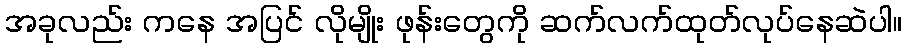
အခုလည်း ကနေ အပြင် လိုမျိုး ဖုန်းတွေကို ဆက်လက်ထုတ်လုပ်နေဆဲပါ။